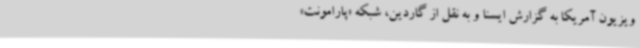
ویزیون آمریکا به گزارش ایسنا و به نقل از گاردین، شبکه «‌پارامونت»